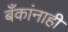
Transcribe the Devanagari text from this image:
बँकांनाही